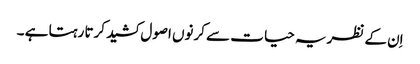
اِن کے نظریہ حیا ت سے کرنوں اصول کشید کرتا رہتا ہے ۔